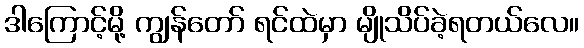
ဒါကြောင့်မို့ ကျွန်တော် ရင်ထဲမှာ မျိုသိပ်ခဲ့ရတယ်လေ။